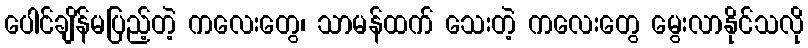
ပေါင်ချိန်မပြည့်တဲ့ ကလေးတွေ၊ သာမန်ထက် သေးတဲ့ ကလေးတွေ မွေးလာနိုင်သလို